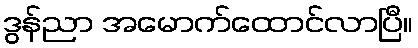
ဒွန်ညာ အမောက်ထောင်လာပြီ။